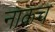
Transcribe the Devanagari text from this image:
नाकच